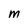
Character: M